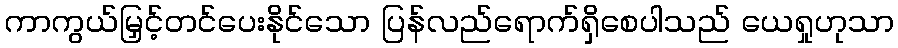
ကာကွယ်မြှင့်တင်ပေးနိုင်သော ပြန်လည်ရောက်ရှိစေပါသည် ယေရှုဟုသာ